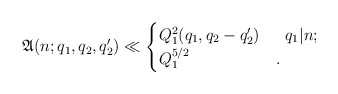
\begin{align*}\mathfrak{A}(n;q_1,q_2,q_2')\ll\begin{cases}Q_1^2(q_1,q_2-q_2') &\;\;q_1|n;\\Q_1^{5/2} &.\end{cases}\end{align*}